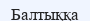
Балтыққа